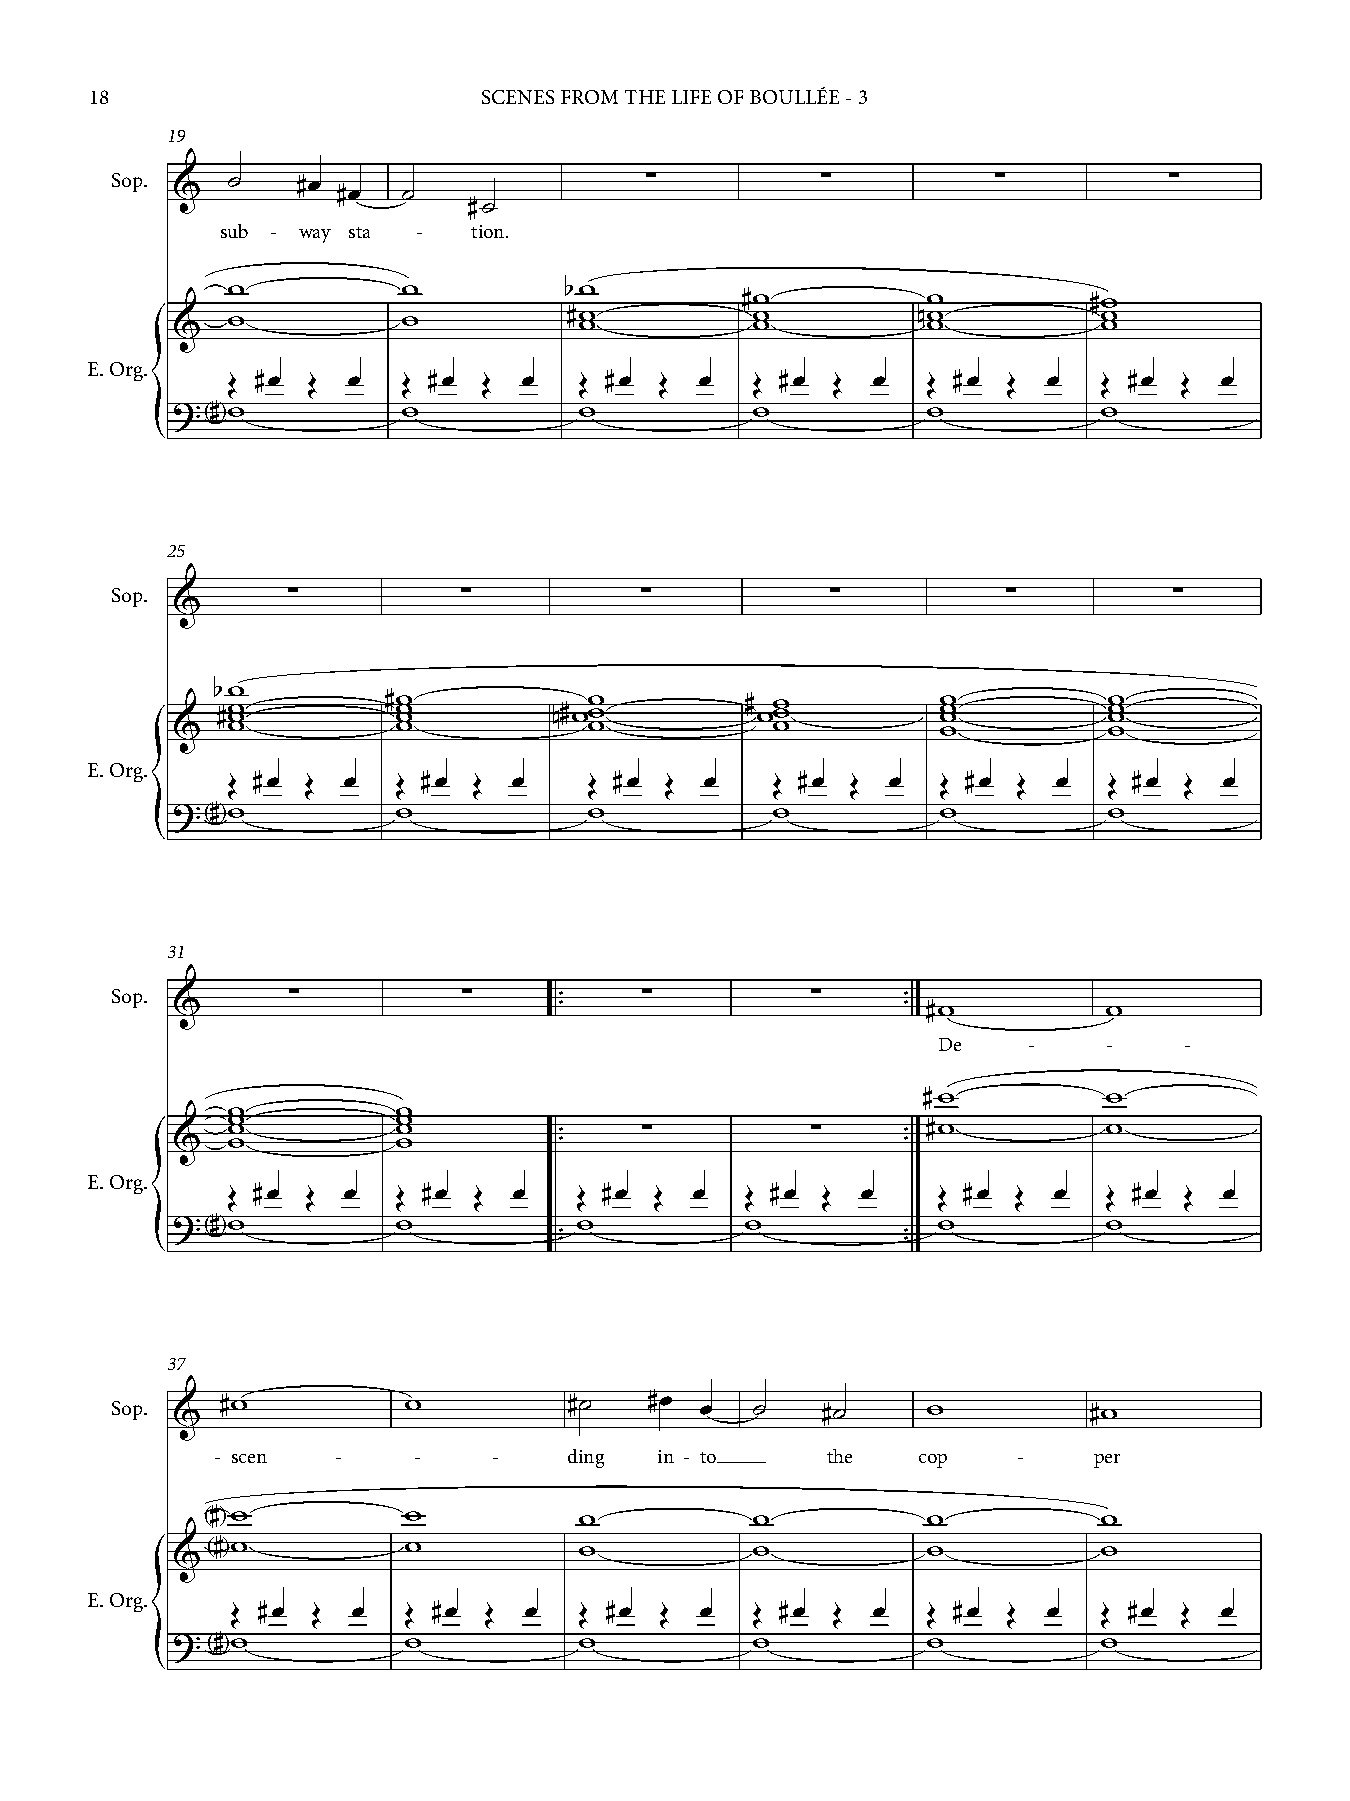
18                        SCENES FROM THE LIFE OF BOULLÉE - 3
 19
 Sop. &  ˙    #œ #œ  ˙               ∑         ∑          ∑         ∑
 #˙
 sub - way sta - tion.
 w           w         bw
 #w          w          #w
 &   w           w          #w w        w w        nw w        w w
 E. Org.
 Œ #œ Œ  œ   Œ #œ Œ  œ  Œ #œ  Œ œ   Œ #œ Œ  œ  Œ #œ  Œ œ   Œ #œ Œ  œ
 ?  #w           w          w           w          w           w
 < >
 {
 25
 Sop.        ∑          ∑         ∑           ∑          ∑         ∑
 &
 bw
 #w w       #w w w      n#ww w      # ww w       w w w      w w w
 &   w          w            w           w          w          w
 E. Org.
 Œ #œ Œ  œ  Œ #œ Œ  œ    Œ #œ Œ  œ   Œ #œ Œ  œ  Œ #œ Œ  œ  Œ #œ Œ  œ
 ?  #w          w            w           w          w          w
 < >
 {
 31
 Sop. &      ∑          ∑    ™ ™   ∑         ∑    ™ ™ #w       w
 De    -    -    -
 #w          w
 w          w
 w          w
 &   w w        w w        ™ ™   ∑         ∑    ™ ™ #w       w
 E. Org.
 Œ #œ Œ  œ  Œ #œ Œ  œ   Œ #œ Œ  œ  Œ #œ Œ  œ    Œ #œ Œ  œ  Œ #œ Œ  œ
 ?  #w          w           w          w            w          w
 < >                    ™                      ™
 ™                      ™
 {
 37
 Sop. &  #w          w          #˙   #œ œ   ˙   #˙     w          #w
 - scen  -    -     -    ding  in - to    the   cop   -    per
 <# >w        w          w           w          w           w
 &<# >w          w          w           w          w           w
 E. Org.
 Œ #œ  Œ œ   Œ #œ Œ  œ  Œ #œ  Œ œ   Œ #œ Œ  œ  Œ #œ  Œ œ   Œ #œ Œ  œ
 ?  #w           w          w           w          w           w
 < >
 {